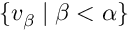
\{ v _ { \beta } \mid \beta < \alpha \}